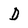
Character: D